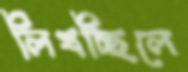
লিখচ্ছিলে